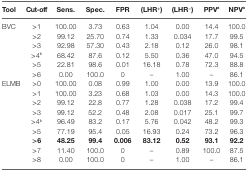
<table><thead><tr><td><b>Tool</b></td><td><b>Cut-off</b></td><td><b>Sens.</b></td><td><b>Spec.</b></td><td><b>FPR</b></td><td><b>(LHR<sup>+</sup>)</b></td><td><b>(LHR<sup>−</sup>)</b></td><td><b>PPV<sup>a</sup></b></td><td><b>NPV<sup>a</sup></b></td></tr></thead><tbody><tr><td>BVC</td><td>&gt;1</td><td>100.00</td><td>3.73</td><td>0.63</td><td>1.04</td><td>0.00</td><td>14.4</td><td>100.0</td></tr><tr><td></td><td>&gt;2</td><td>99.12</td><td>25.70</td><td>0.74</td><td>1.33</td><td>0.034</td><td>17.7</td><td>99.5</td></tr><tr><td></td><td>&gt;3</td><td>92.98</td><td>57.30</td><td>0.43</td><td>2.18</td><td>0.12</td><td>26.0</td><td>98.1</td></tr><tr><td></td><td>&gt;4<sup>b</sup></td><td>68.42</td><td>87.6</td><td>0.12</td><td>5.50</td><td>0.36</td><td>47.0</td><td>94.5</td></tr><tr><td></td><td>&gt;5</td><td>22.81</td><td>98.6</td><td>0.01</td><td>16.18</td><td>0.78</td><td>72.3</td><td>88.8</td></tr><tr><td></td><td>&gt;6</td><td>0.00</td><td>100.0</td><td>0</td><td>–</td><td>1.00</td><td>–</td><td>86.1</td></tr><tr><td>ELMB</td><td>&gt;0</td><td>100.00</td><td>0.08</td><td>0.99</td><td>1.00</td><td>0.00</td><td>13.9</td><td>100.0</td></tr><tr><td></td><td>&gt;1</td><td>100.00</td><td>3.23</td><td>0.68</td><td>1.03</td><td>0.00</td><td>14.3</td><td>100.0</td></tr><tr><td></td><td>&gt;2</td><td>99.12</td><td>22.8</td><td>0.77</td><td>1.28</td><td>0.038</td><td>17.2</td><td>99.4</td></tr><tr><td></td><td>&gt;3</td><td>99.12</td><td>52.2</td><td>0.48</td><td>2.08</td><td>0.017</td><td>25.1</td><td>99.7</td></tr><tr><td></td><td>&gt;4<sup>b</sup></td><td>96.49</td><td>83.2</td><td>0.17</td><td>5.76</td><td>0.042</td><td>48.2</td><td>99.3</td></tr><tr><td></td><td>&gt;5</td><td>77.19</td><td>95.4</td><td>0.05</td><td>16.93</td><td>0.24</td><td>73.2</td><td>96.3</td></tr><tr><td></td><td><b>&gt;6</b></td><td><b>48.25</b></td><td><b>99.4</b></td><td><b>0.006</b></td><td><b>83.12</b></td><td><b>0.52</b></td><td><b>93.1</b></td><td><b>92.2</b></td></tr><tr><td></td><td>&gt;7</td><td>11.40</td><td>100.0</td><td>0</td><td>–</td><td>0.89</td><td>100.0</td><td>87.5</td></tr><tr><td></td><td>&gt;8</td><td>0.00</td><td>100.0</td><td>0</td><td>–</td><td>1.00</td><td>–</td><td>86.1</td></tr></tbody></table>